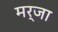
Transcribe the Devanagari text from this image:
मर्जा